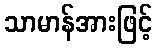
သာမာန်အားဖြင့်